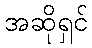
အဆိုရှင်